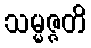
သမ္မဇ္ဇတိ